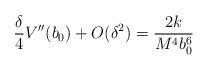
LaTeX: \begin{align*}\frac{\delta}{4} V''(b_0) + O(\delta^2) = \frac{2 k}{M^4 b_0^6}\end{align*}